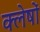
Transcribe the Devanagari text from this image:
क्लेषों